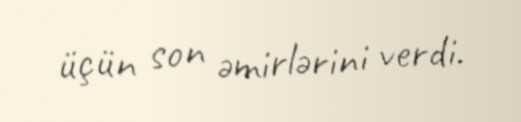
üçün son əmirlərini verdi.